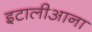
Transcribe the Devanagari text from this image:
इटालीआना